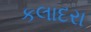
કલાદરા